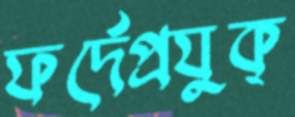
ফর্দেপ্রযুক্